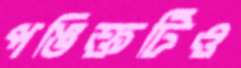
পঙিক্তটিও